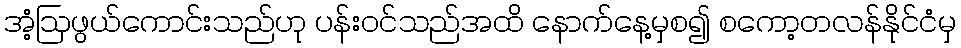
အံ့ဩဖွယ်ကောင်းသည်ဟု ပန်းဝင်သည်အထိ နောက်နေ့မှစ၍ စကော့တလန်နိုင်ငံမှ